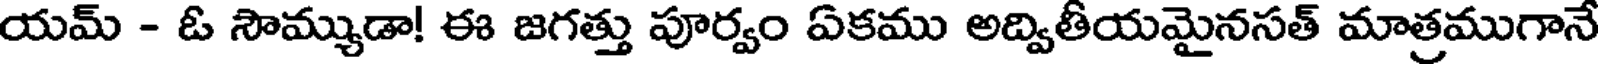
యమ్ - ఓ సౌమ్యుడా! ఈ జగత్తు పూర్వం ఏకము అద్వితీయమైనసత్ మాత్రముగానే